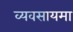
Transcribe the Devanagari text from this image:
व्यवसायमा